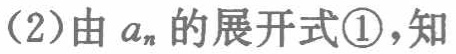
(2)由\(a_{n}\)的展开式\textcircled{1}，知